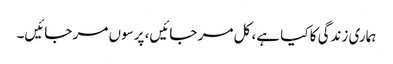
ہماری زندگی کا کیا ہے، کل مر جائیں، پرسوں مر جائیں۔